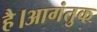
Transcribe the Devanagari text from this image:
है।आगंतुक